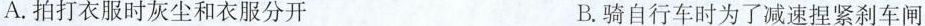
A. 拍打衣服时灰尘和衣服分开 B. 骑自行车时为了减速捏紧刹车闸